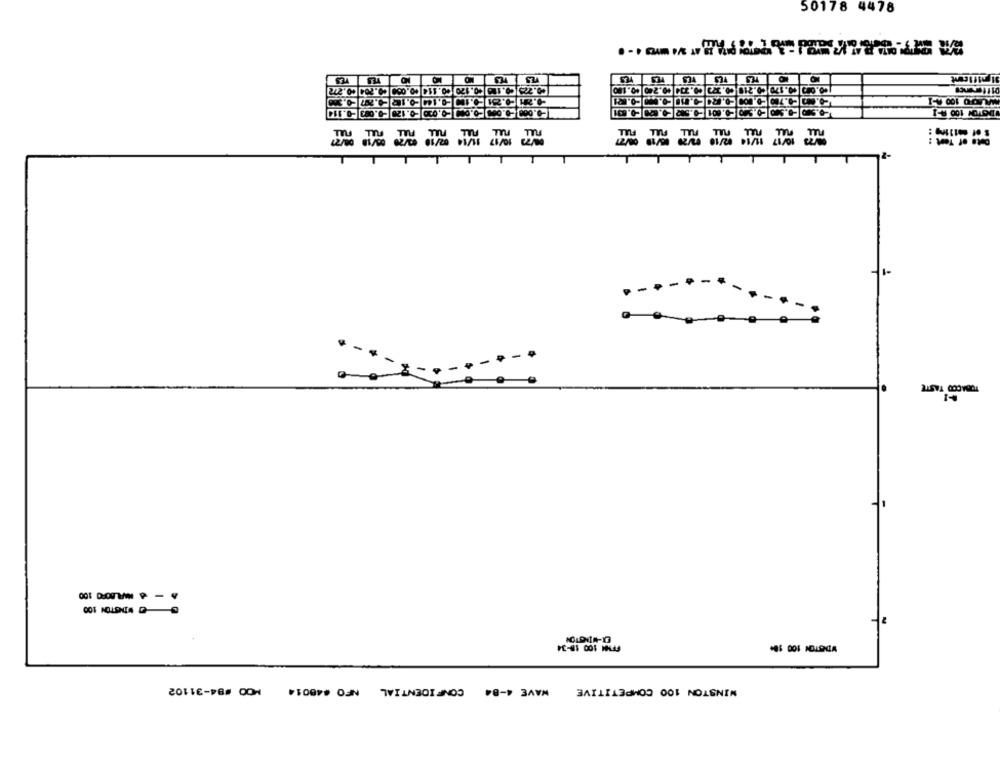
50178 4478
272
3.114
-24
WAVE 4-84 CONFIDENTIAL NFO #48014
WINSTON 100 COMPETITIVE